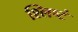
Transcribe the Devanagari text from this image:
श्लिष्टं